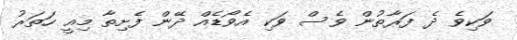
ވަކިވެ ދެ ފަރާތުން ވެސް ވަކި އެވޯޑެއް ދޭން ފެށިތާ މިއީ ހަތަރު